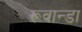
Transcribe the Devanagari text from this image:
रूवान्डा